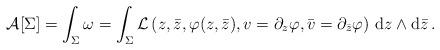
LaTeX: \begin{align*}{\cal A}[\Sigma]=\int_{\Sigma}\omega=\int_{\Sigma}{\cal L}\left(z,\bar{z}, \varphi(z,\bar{z}),v=\partial_z \varphi,\bar{v}=\partial_{\bar{z}}\varphi\right)\,{\mbox{d}} z \wedge\mbox{d}\bar{z}\,.\end{align*}